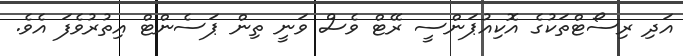
އަދި ރިސޯޓްތަކުގެ އޮކިއުޕަންސީ ރޭޓް ވެސް ވަނީ ތިން ޕަސެންޓް އިތުރުވެފަ އެވެ.